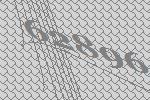
62896